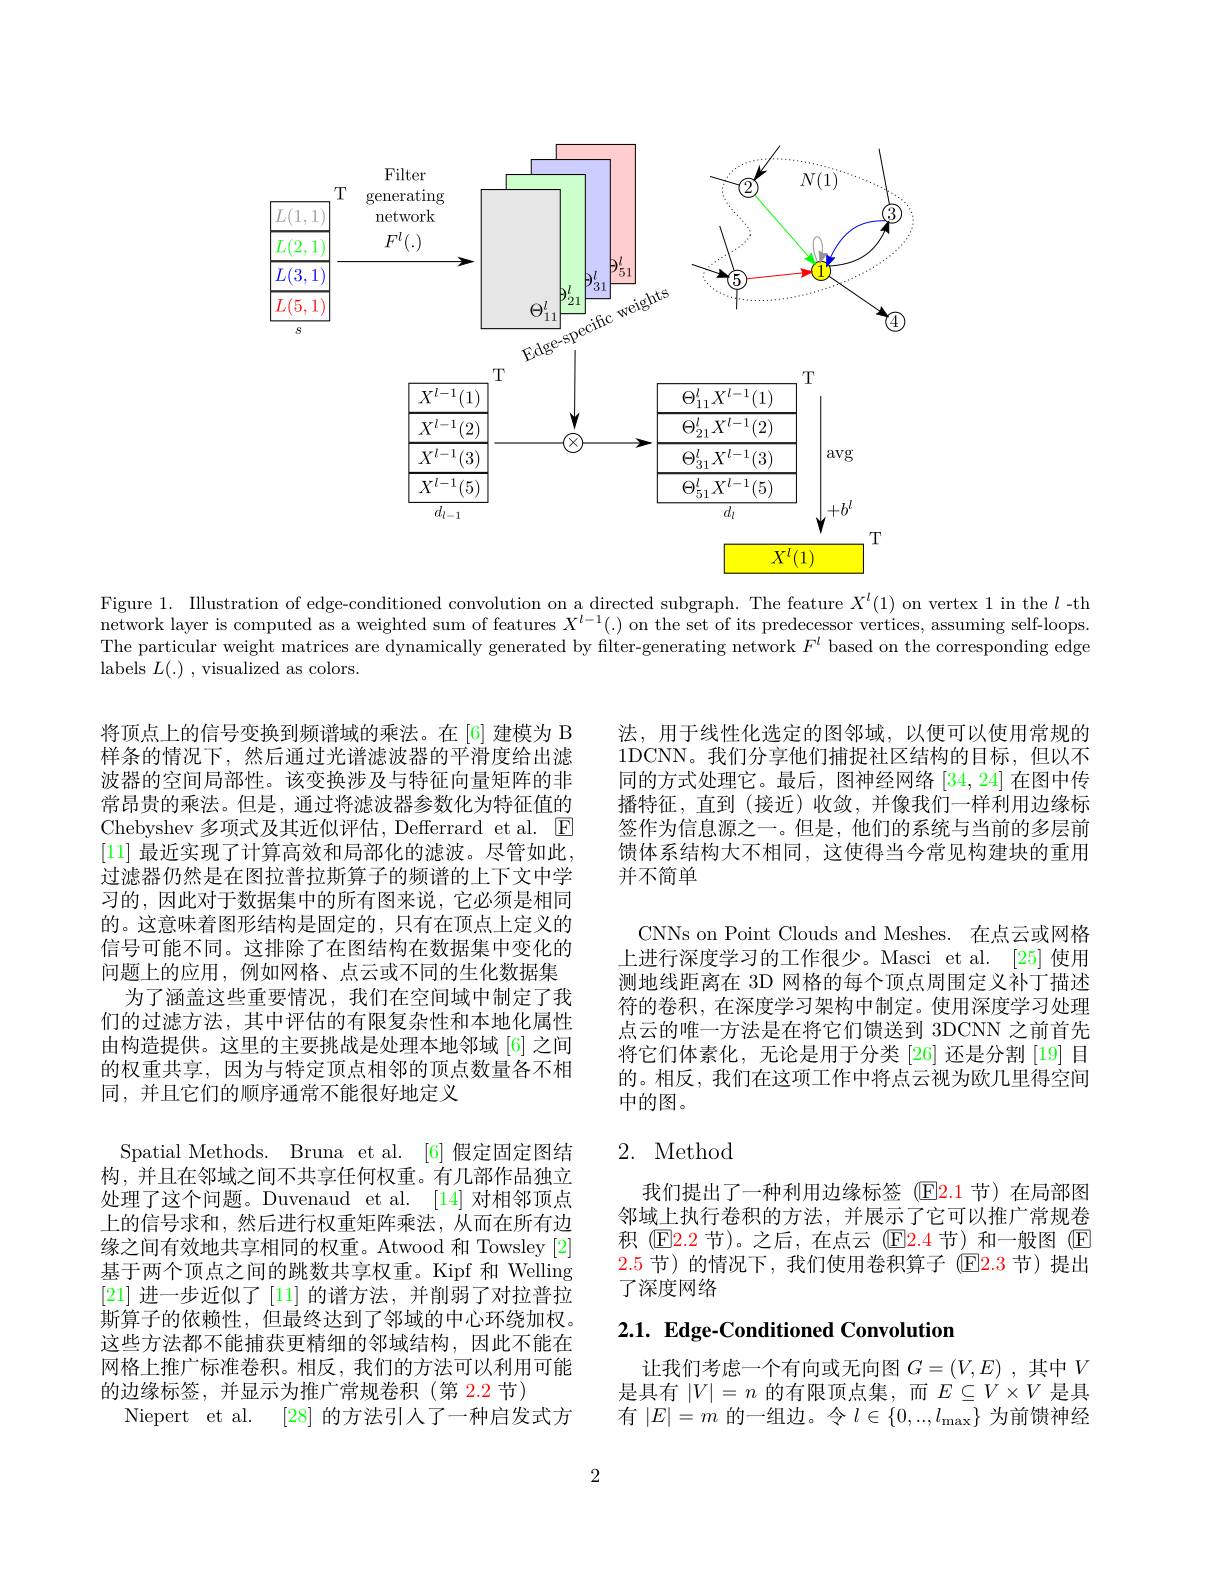
<FigureHere>

Figure 1. Illustration of edge-conditioned convolution on a directed subgraph. The feature $X^l(1)$ on vertex 1 in the $l$ -th network layer is computed as a weighted sum of features $X^l-1(.)$ on the set of its predecessor vertices, assuming self-loops. The particular weight matrices are dynamically generated by filter-generating network $F^l$ based on the corresponding edge labels $L(.)$ , visualized as colors.

法，用于线性化选定的图邻域，以便可以使用常规的1DCNN。我们分享他们捕捉社区结构的目标，但以不同的方式处理它。最后，图神经网络[34,24]在图中传播特征，直到(接近)收敛，并像我们一样利用边缘标签作为信息源之一。但是，他们的系统与当前的多层前馈体系结构大不相同，这使得当今常见构建块的重用并不简单

CNNs on Point Clouds and Meshes. 在点云或网格上进行深度学习的工作很少。Masci et al. [25] 使用测地线距离在 3D 网格的每个顶点周围定义补丁描述符的卷积，在深度学习架构中制定。使用深度学习处理点云的唯一方法是在将它们馈送到 3DCNN 之前首先将它们体素化，无论是用于分类 [26] 还是分割 [19] 目的。相反，我们在这项工作中将点云视为欧几里得空间中的图。

将顶点上的信号变换到频谱域的乘法。在[6] 建模为 B 样条的情况下，然后通过光谱滤波器的平滑度给出滤波器的空间局部性。该变换涉及与特征向量矩阵的非常昂贵的乘法。但是，通过将滤波器参数化为特征值的Chebyshev 多项式及其近似评估，Defferrard et al. $\textcircled{\mathrm{E}}$ [11] 最近实现了计算高效和局部化的滤波。尽管如此， 过滤器仍然是在图拉普拉斯算子的频谱的上下文中学习的，因此对于数据集中的所有图来说，它必须是相同的。这意味着图形结构是固定的，只有在顶点上定义的信号可能不同。这排除了在图结构在数据集中变化的问题上的应用，例如网格、点云或不同的生化数据集
为了涵盖这些重要情况，我们在空间域中制定了我们的过滤方法，其中评估的有限复杂性和本地化属性由构造提供。这里的主要挑战是处理本地邻域 [6] 之间的权重共享，因为与特定顶点相邻的顶点数量各不相同，并且它们的顺序通常不能很好地定义
Spatial Methods. Bruna et al. [6] 假定固定图结构，并且在邻域之间不共享任何权重。有几部作品独立处理了这个问题。Duvenaud et al. [14] 对相邻顶点上的信号求和，然后进行权重矩阵乘法，从而在所有边缘之间有效地共享相同的权重。Atwood 和 Towsley [2] 基于两个顶点之间的跳数共享权重。Kipf 和 Welling [21]进一步近似了 [11] 的谱方法，并削弱了对拉普拉斯算子的依赖性，但最终达到了邻域的中心环绕加权。这些方法都不能捕获更精细的邻域结构，因此不能在网格上推广标准卷积。相反，我们的方法可以利用可能的边缘标签，并显示为推广常规卷积(第 2.2 节)
Niepert et al. [28]的方法引人了一种启发式方

# 2. Method

我们提出了一种利用边缘标签(E2.1 节)在局部图邻域上执行卷积的方法，并展示了它可以推广常规卷积 (E2.2 节)。之后，在点云 (E2.4 节)和一般图 (E 2.5 节)的情况下，我们使用卷积算子 ($\mathbb{E}\color{red}{2.3}$节)提出了深度网络

# $2. 1. \textbf{ Edge- Conditioned Convolution}$

让我们考虑一个有向或无向图$G=(V,E)$ ,其中$V$ 是具有$|V|=n$ 的有限顶点集，而$E\subseteq V\times V$ 是具有$|E|=m$ 的一组边。令$l\in\{0,...,l_{\max}\}$为前馈神经

2